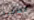
كعاهرة